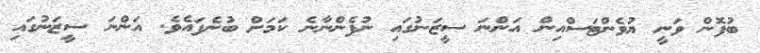
ބުފޮން ވަނީ ޔުވެންޓަސްއިން އަންނަ ސީޒަނުގައި ނުފެންނާނެ ކަމަށް ބުނެފައެވެ. އަންނަ ސީޒަނުގައި